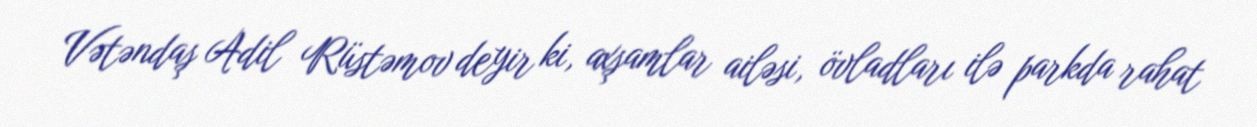
Vətəndaş Adil Rüstəmov deyir ki, axşamlar ailəsi, övladları ilə parkda rahat